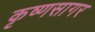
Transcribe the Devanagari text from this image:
कृष्णसागर